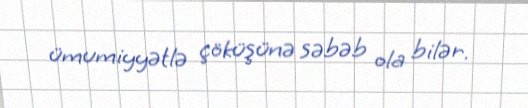
ümumiyyətlə çöküşünə səbəb ola bilər.